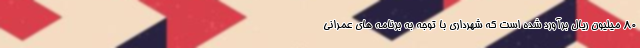
80 میلیون ریال برآورد شده است که شهرداری با توجه به برنامه های عمرانی